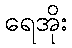
ရေအိုး